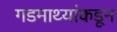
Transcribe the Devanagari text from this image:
गडमाथ्यांकडून